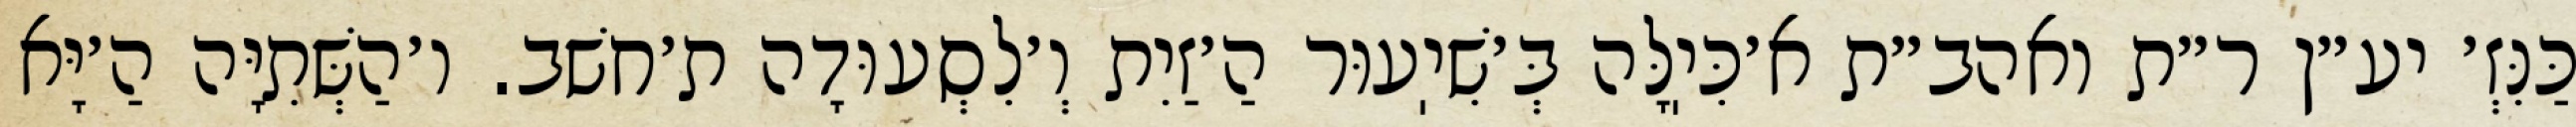
כַּנִּזְ׳ יע״ן ר״ת ואהב״ת א׳כִּיֽלָּה בְּ׳שִׁיֽעוּר הַ׳זַיִת וְ׳לִסְעוּדָה ת׳חשׁב. ו׳הַשְּׁתִיָּה הַ׳יָּא